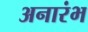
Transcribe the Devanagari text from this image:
अनारंभ